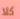
كلا